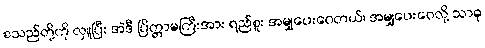
စသည်တို့ကို လှူပြီး အဲဒီ ပြိတ္တာမကြီးအား ရည်စူး အမျှပေးဝေတယ်၊ အမျှပေးဝေလို့ သာဓု